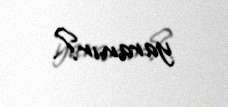
yaranır?.